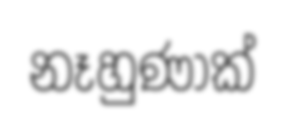
නෑහුණාක්